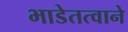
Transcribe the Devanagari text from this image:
भाडेतत्वाने